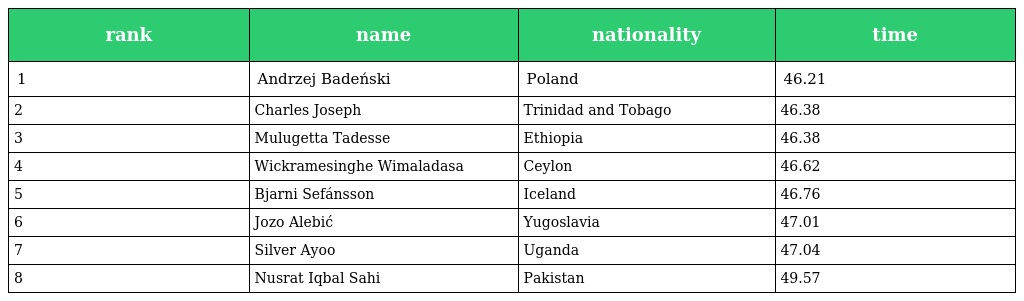
| rank | name | nationality | time |
 | --- | --- | --- | --- |
 | 1 | Andrzej Badeński | Poland | 46.21 |
 | 2 | Charles Joseph | Trinidad and Tobago | 46.38 |
 | 3 | Mulugetta Tadesse | Ethiopia | 46.38 |
 | 4 | Wickramesinghe Wimaladasa | Ceylon | 46.62 |
 | 5 | Bjarni Sefánsson | Iceland | 46.76 |
 | 6 | Jozo Alebić | Yugoslavia | 47.01 |
 | 7 | Silver Ayoo | Uganda | 47.04 |
 | 8 | Nusrat Iqbal Sahi | Pakistan | 49.57 |